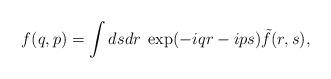
LaTeX: \begin{align*}f(q,p)=\int dsdr\; \exp(-iqr-ips)\tilde{f}(r,s),\end{align*}